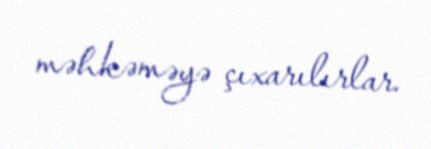
məhkəməyə çıxarılırlar.